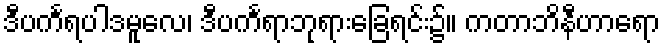
ဒီပင်္ကရပါဒမူလေ၊ ဒီပင်္ကရာဘုရားခြေရင်း၌။ ကတာဘိနီဟာရော